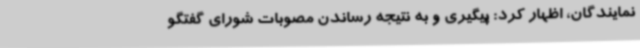
نمایندگان، اظهار کرد: پیگیری و به نتیجه رساندن مصوبات شورای گفتگو